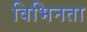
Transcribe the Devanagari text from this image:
विभिनता